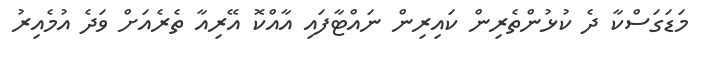
މަޑަގަސްކާ ދެ ކުޅުންތެރިން ކައިރިން ނައްޓާފައި އާއްކޮ އޭރިއާ ތެރެއަށް ވަދެ އުމެއިރު